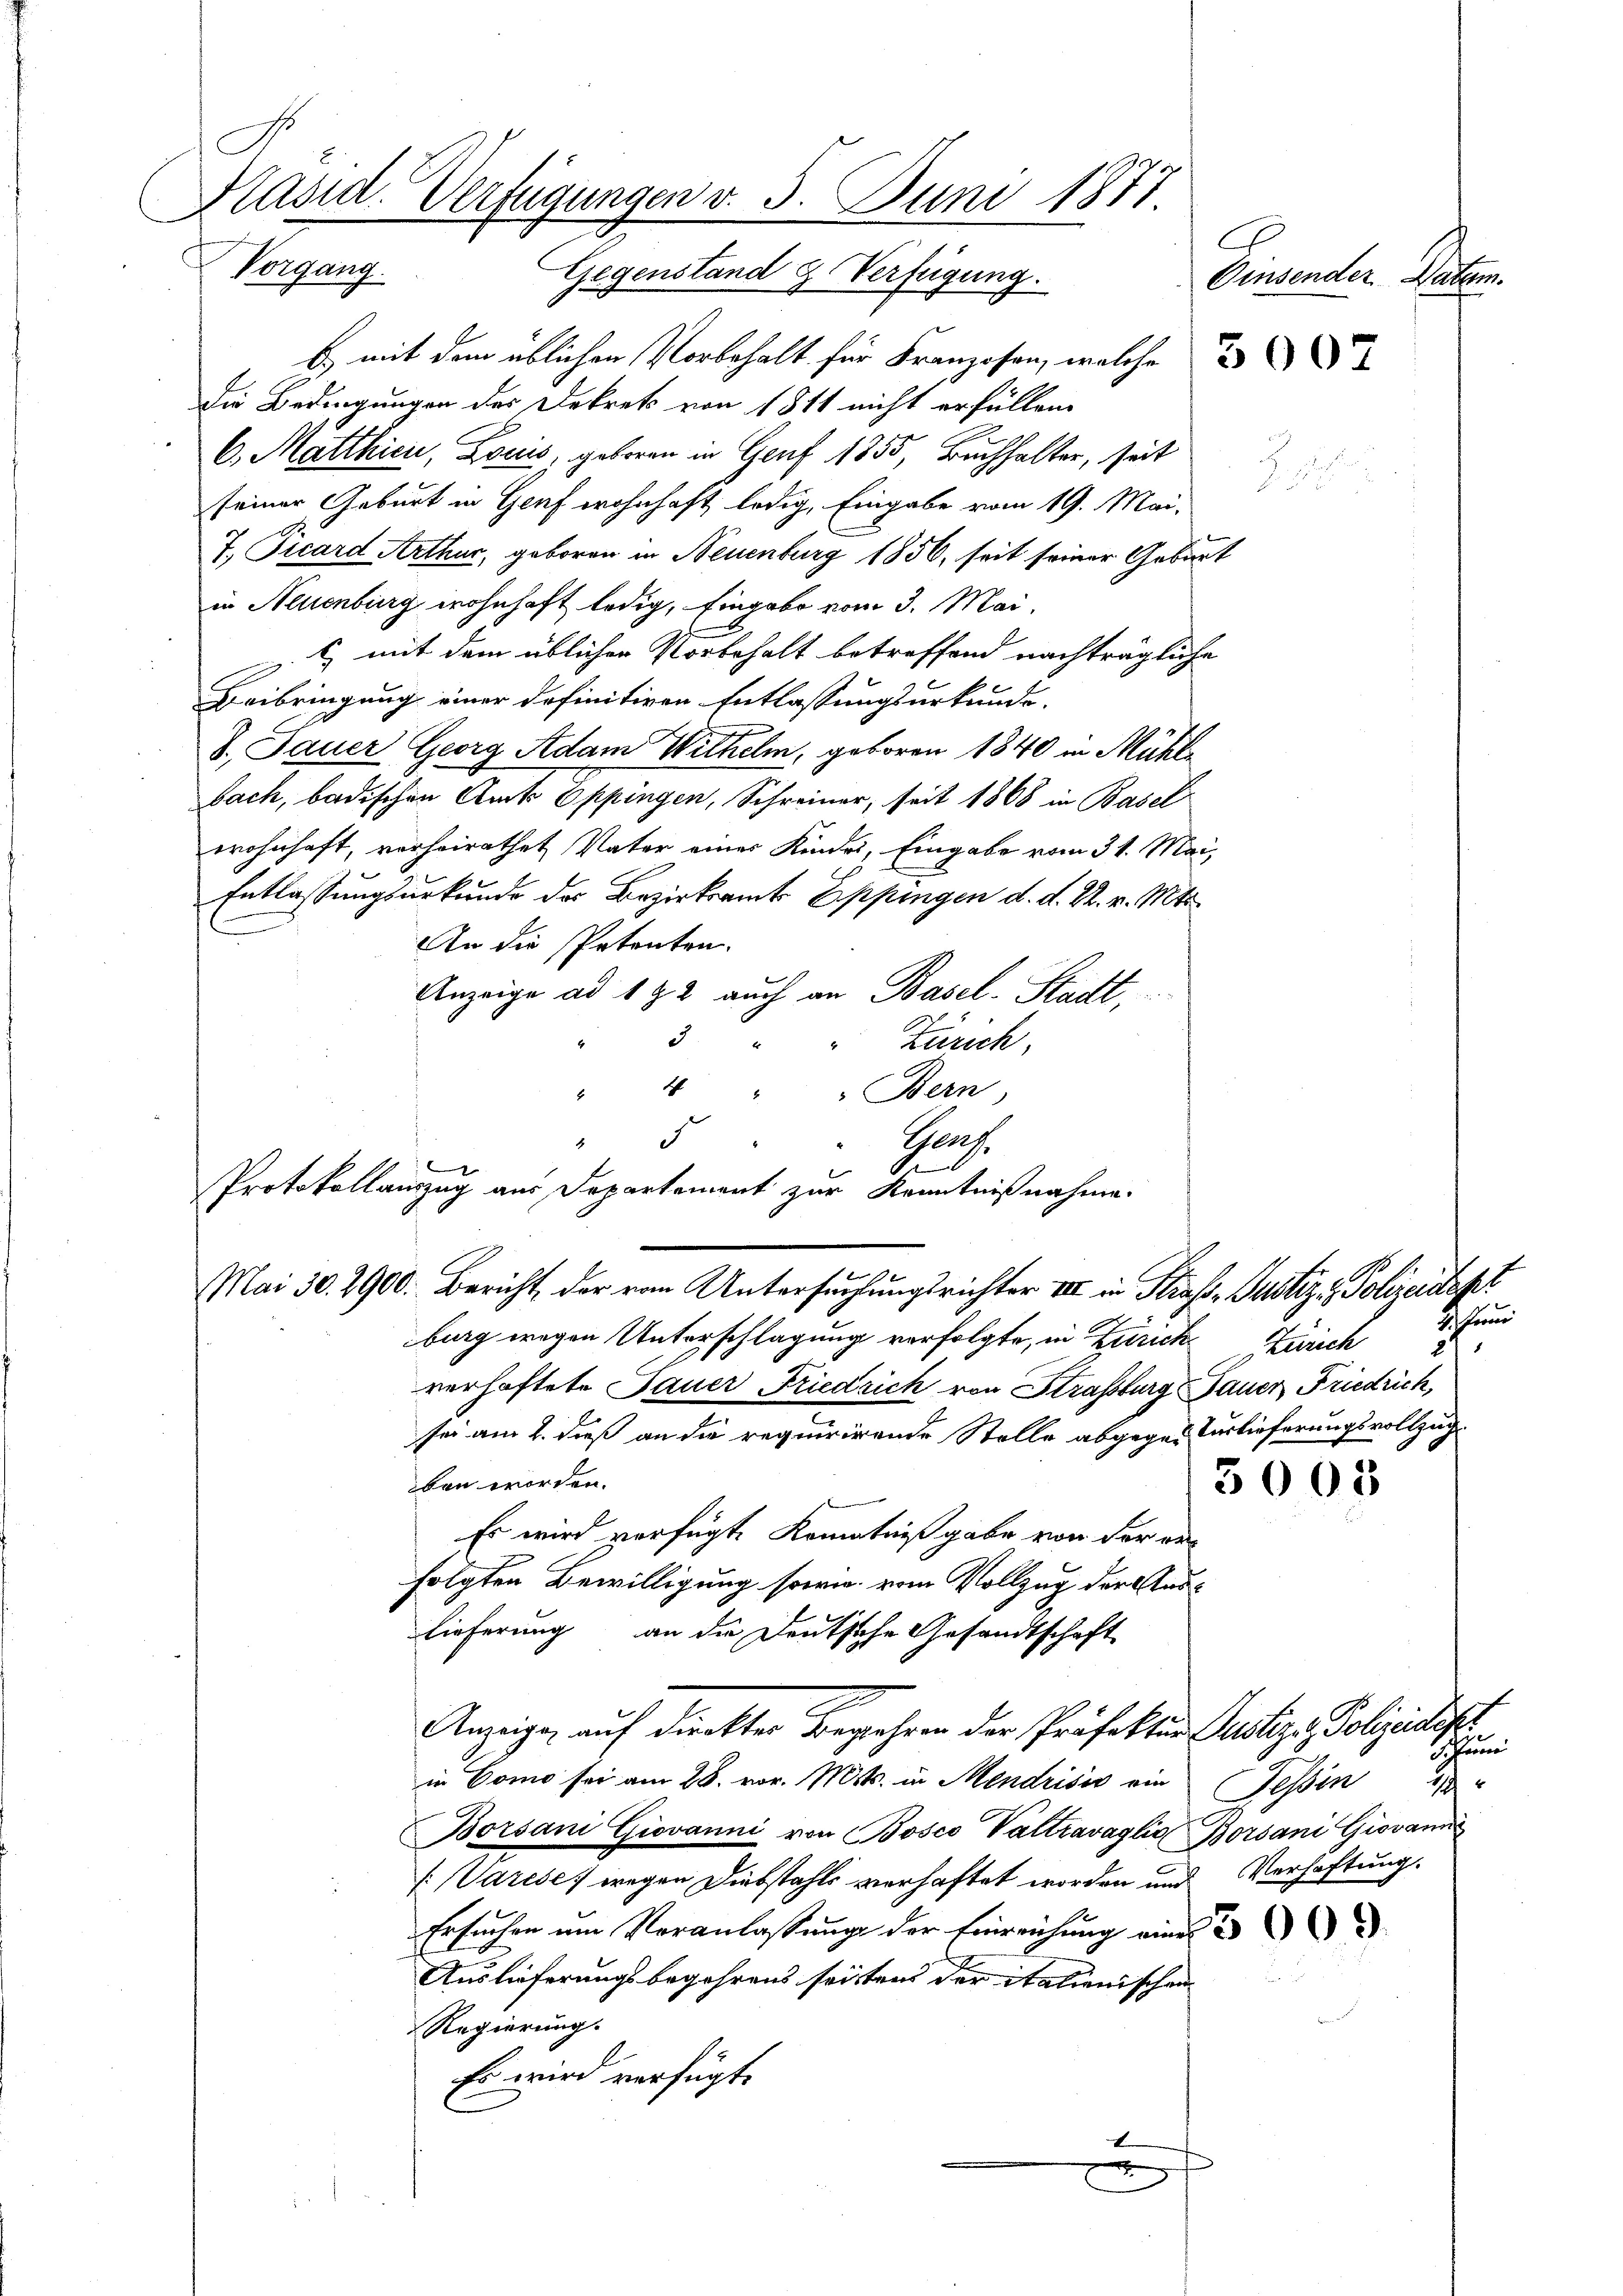
C
Präsid. Verfügungen v. 3. Juni 1871.
Begang
Gegenstand & Verfügung.
Einsender Datum.

B. mit dem üblichen Vorbehalt für Franzosen, welche
die Bedingungen des Dekrets von 1811 nicht erfüllen.
6. Matthien, Louis, geboren in Genf 1855, Buchhalter, seit

seiner Geburt in Genf wohnhaft ledig, Eingabe vom 19. Mai,
7., Picard Arthur, geboren in Neuenburg 1856, seit seiner Geburt
in Neuenburg wohnhaft ledig, Eingabe vom 3. Mai,
c mit dem üblichen Vorbehalt betreffend nachträgliche
Beibringung einer definitiven Entlassungsurkunde.
8. Jauer Georg Adam Wilhelm, geboren 1840 in Mühlbach, badischen Amts Oppingen, Schreiner, seit 1868 in Basel
wohnhaft, vorheirathet Vater eines Kinder, Eingabe vom 31. Mai,
Entlassungsurkunde des Bezirksamts Eppingen d. d. 22. v. Mts.
An die Petenten.
Anzeige ad 192 auch an Basel-Stadt,
5
Zürich.
4 " " Bern,
8
d
Ganz
Mai 30. 2900. Bericht, der vom Untersuchungsrichter II in Strass- Justiz - Polizeidept
burg wegen Unterschlagung verfolgte, in Zürich Zürich
verhaftete Dauer Friedrich von Straßburg, Bauer Friedrich,
sei am 2. dieß an die requirirende Stelle abgegen Verlieferungsvollzugs
ben worden.
3005
Es wird verfügte Kenntniß gabe von der er
folgten Bewilligung sowie vom Vollzug der Auslieferung an die Deutsche Gesandtschaft
2
Anzeigen auf direktes Begehren der Präfektur Justiz- & Polizeidep
in Como sei am 28. vor. Mts. in Mendrisis ein Tessin 18
Borsani Giovanni von Bosco Valtravaglia Borsani Giovann
arese, wegen Diebstahls verhaftet worden und Verhaftung.
Ersuchen um Voranlassung der Einreichung eines
Auslieferungsbegehrens seistens der italienischen
Regierung.
Es wird verfügt.
t

4
Protokollauszug aus Departement zur Kenntnißnahme.

2

u

4. Froni
27

Scheune